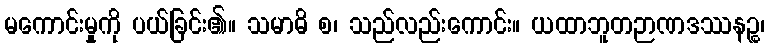
မကောင်းမှုကို ပယ်ခြင်း၏။ သမာဓိ စ၊ သည်လည်းကောင်း။ ယထာဘူတဉာဏဒဿနဉ္စ၊